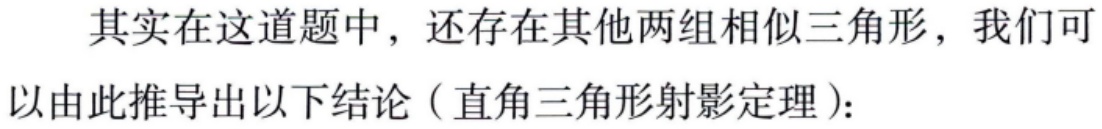
其实在这道题中，还存在其他两组相似三角形，我们可以由此推导出以下结论（直角三角形射影定理）：